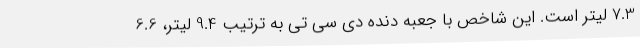
7.3 لیتر است. این شاخص با جعبه دنده دی سی تی به ترتیب 9.4 لیتر، 6.6